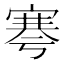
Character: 𡩱